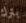
بترك